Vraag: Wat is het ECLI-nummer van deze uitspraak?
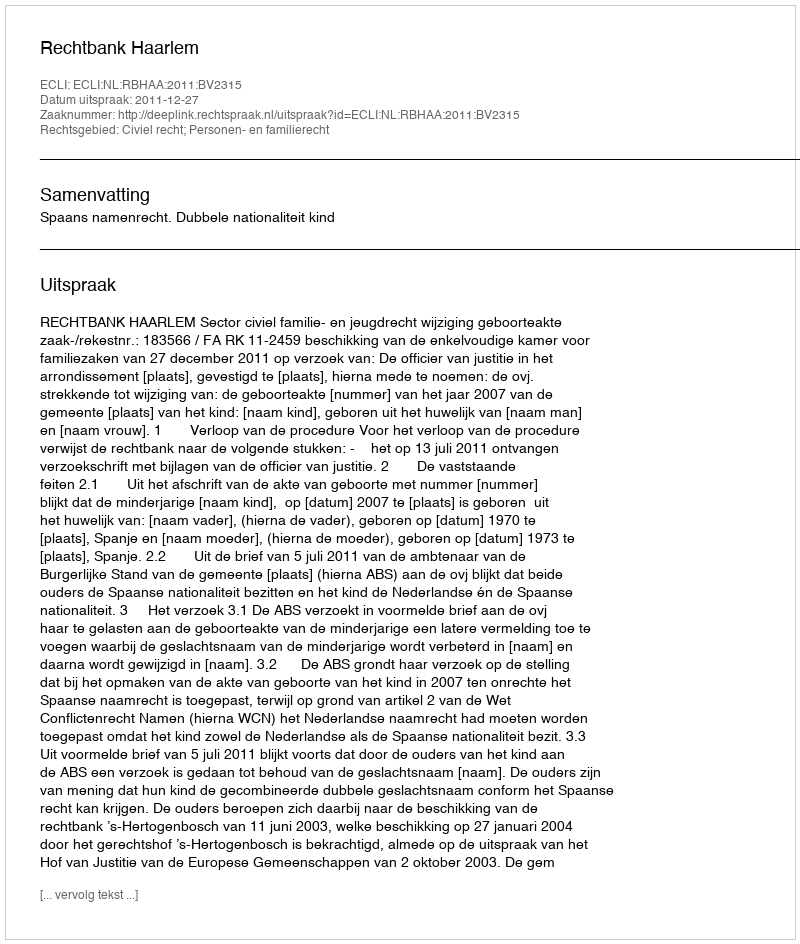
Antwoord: ECLI:NL:RBHAA:2011:BV2315